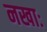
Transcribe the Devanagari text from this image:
नखाः